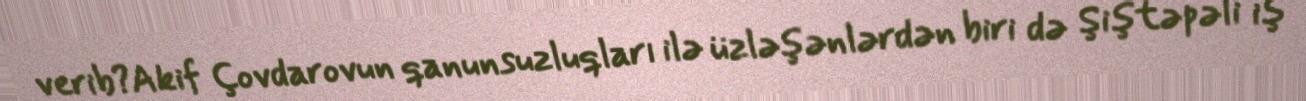
verib?Akif Çovdarovun qanunsuzluqları ilə üzləşənlərdən biri də Şiştəpəli iş